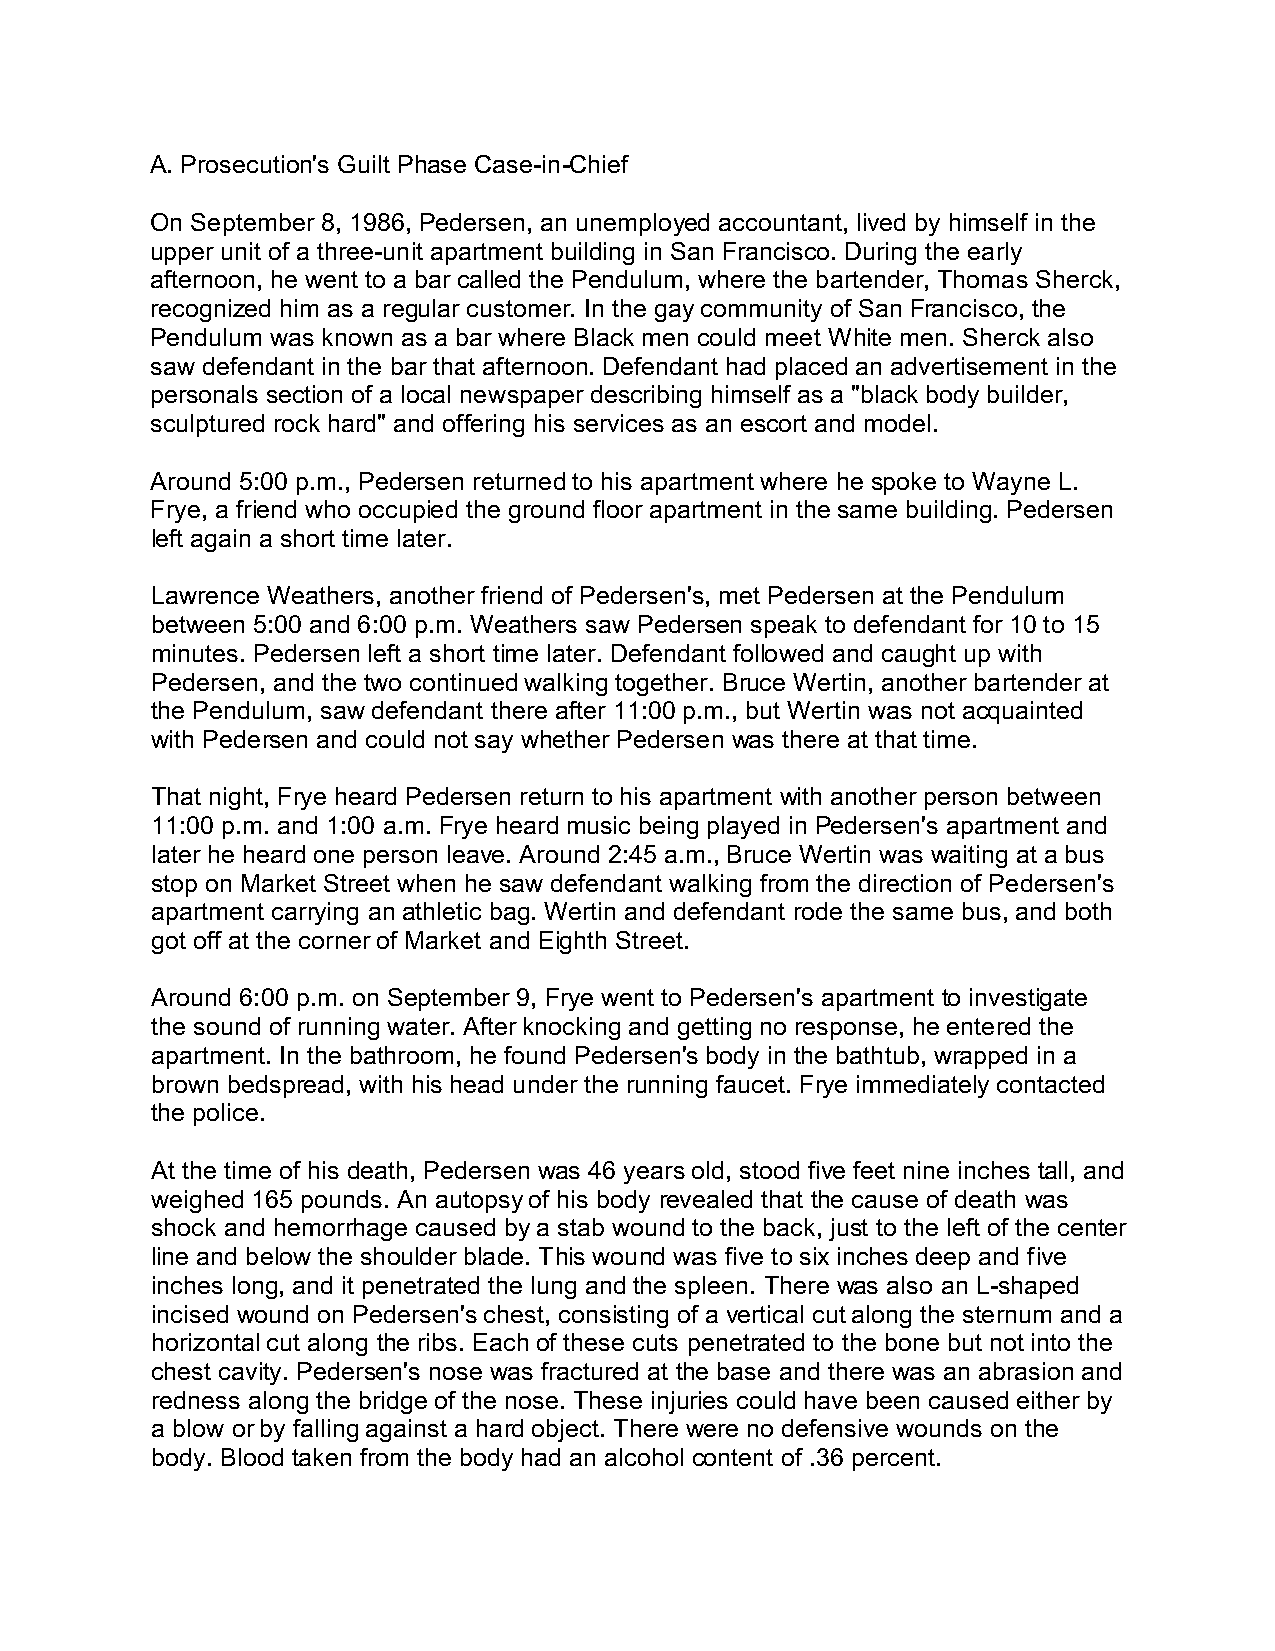
A. Prosecution's Guilt Phase Case-in-Chief
 On September 8, 1986, Pedersen, an unemployed accountant, lived by himself in the
 upper unit of a three-unit apartment building in San Francisco. During the early
 afternoon, he went to a bar called the Pendulum, where the bartender, Thomas Sherck,
 recognized him as a regular customer. In the gay community of San Francisco, the
 Pendulum was known as a bar where Black men could meet White men. Sherck also
 saw defendant in the bar that afternoon. Defendant had placed an advertisement in the
 personals section of a local newspaper describing himself as a "black body builder,
 sculptured rock hard" and offering his services as an escort and model.
 Around 5:00 p.m., Pedersen returned to his apartment where he spoke to Wayne L.
 Frye, a friend who occupied the ground floor apartment in the same building. Pedersen
 left again a short time later.
 Lawrence Weathers, another friend of Pedersen's, met Pedersen at the Pendulum
 between 5:00 and 6:00 p.m. Weathers saw Pedersen speak to defendant for 10 to 15
 minutes. Pedersen left a short time later. Defendant followed and caught up with
 Pedersen, and the two continued walking together. Bruce Wertin, another bartender at
 the Pendulum, saw defendant there after 11:00 p.m., but Wertin was not acquainted
 with Pedersen and could not say whether Pedersen was there at that time.
 That night, Frye heard Pedersen return to his apartment with another person between
 11:00 p.m. and 1:00 a.m. Frye heard music being played in Pedersen's apartment and
 later he heard one person leave. Around 2:45 a.m., Bruce Wertin was waiting at a bus
 stop on Market Street when he saw defendant walking from the direction of Pedersen's
 apartment carrying an athletic bag. Wertin and defendant rode the same bus, and both
 got off at the corner of Market and Eighth Street.
 Around 6:00 p.m. on September 9, Frye went to Pedersen's apartment to investigate
 the sound of running water. After knocking and getting no response, he entered the
 apartment. In the bathroom, he found Pedersen's body in the bathtub, wrapped in a
 brown bedspread, with his head under the running faucet. Frye immediately contacted
 the police.
 At the time of his death, Pedersen was 46 years old, stood five feet nine inches tall, and
 weighed 165 pounds. An autopsy of his body revealed that the cause of death was
 shock and hemorrhage caused by a stab wound to the back, just to the left of the center
 line and below the shoulder blade. This wound was five to six inches deep and five
 inches long, and it penetrated the lung and the spleen. There was also an L-shaped
 incised wound on Pedersen's chest, consisting of a vertical cut along the sternum and a
 horizontal cut along the ribs. Each of these cuts penetrated to the bone but not into the
 chest cavity. Pedersen's nose was fractured at the base and there was an abrasion and
 redness along the bridge of the nose. These injuries could have been caused either by
 a blow or by falling against a hard object. There were no defensive wounds on the
 body. Blood taken from the body had an alcohol content of .36 percent.